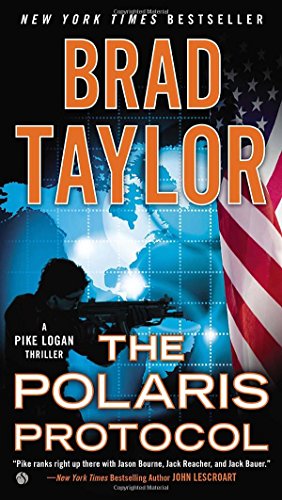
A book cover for The Polaris Protocol: A Pike Logan Thriller; Brad Taylor; Mystery, Thriller & Suspense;